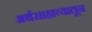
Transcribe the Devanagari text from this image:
अर्थसाहाय्यातून